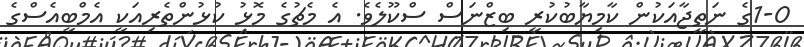
1-0ގެ ނަތީޖާއަކުން ކާމިޔާބުކުރީ ބިޒްނަސް ސްކޫލެވެ. އެ މެޗުގެ މޮޅު ކުޅުންތެރިއަކީ އެމްބީއެސްގެ